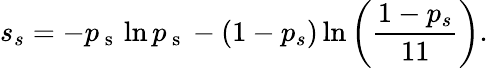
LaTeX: s_{s}=-p_{\mathrm{~s~}}\ln p_{\mathrm{~s~}}-(1-p_{s})\ln\left(\frac{1-p_{s}}{11}\right).